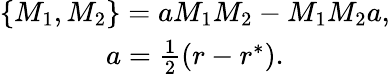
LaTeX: \begin{array}{c}{{\left\{ M_{1},M_{2}\right\} =aM_{1}M_{2}-M_{1}M_{2}a,}}\\ {{a=\frac 12\left(r-r^{*}\right).}}\end{array}